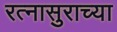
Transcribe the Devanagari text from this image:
रत्नासुराच्या